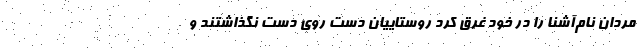
مردان نام‌آشنا را در خود غرق کرد روستاییان دست روی دست نگذاشتند و